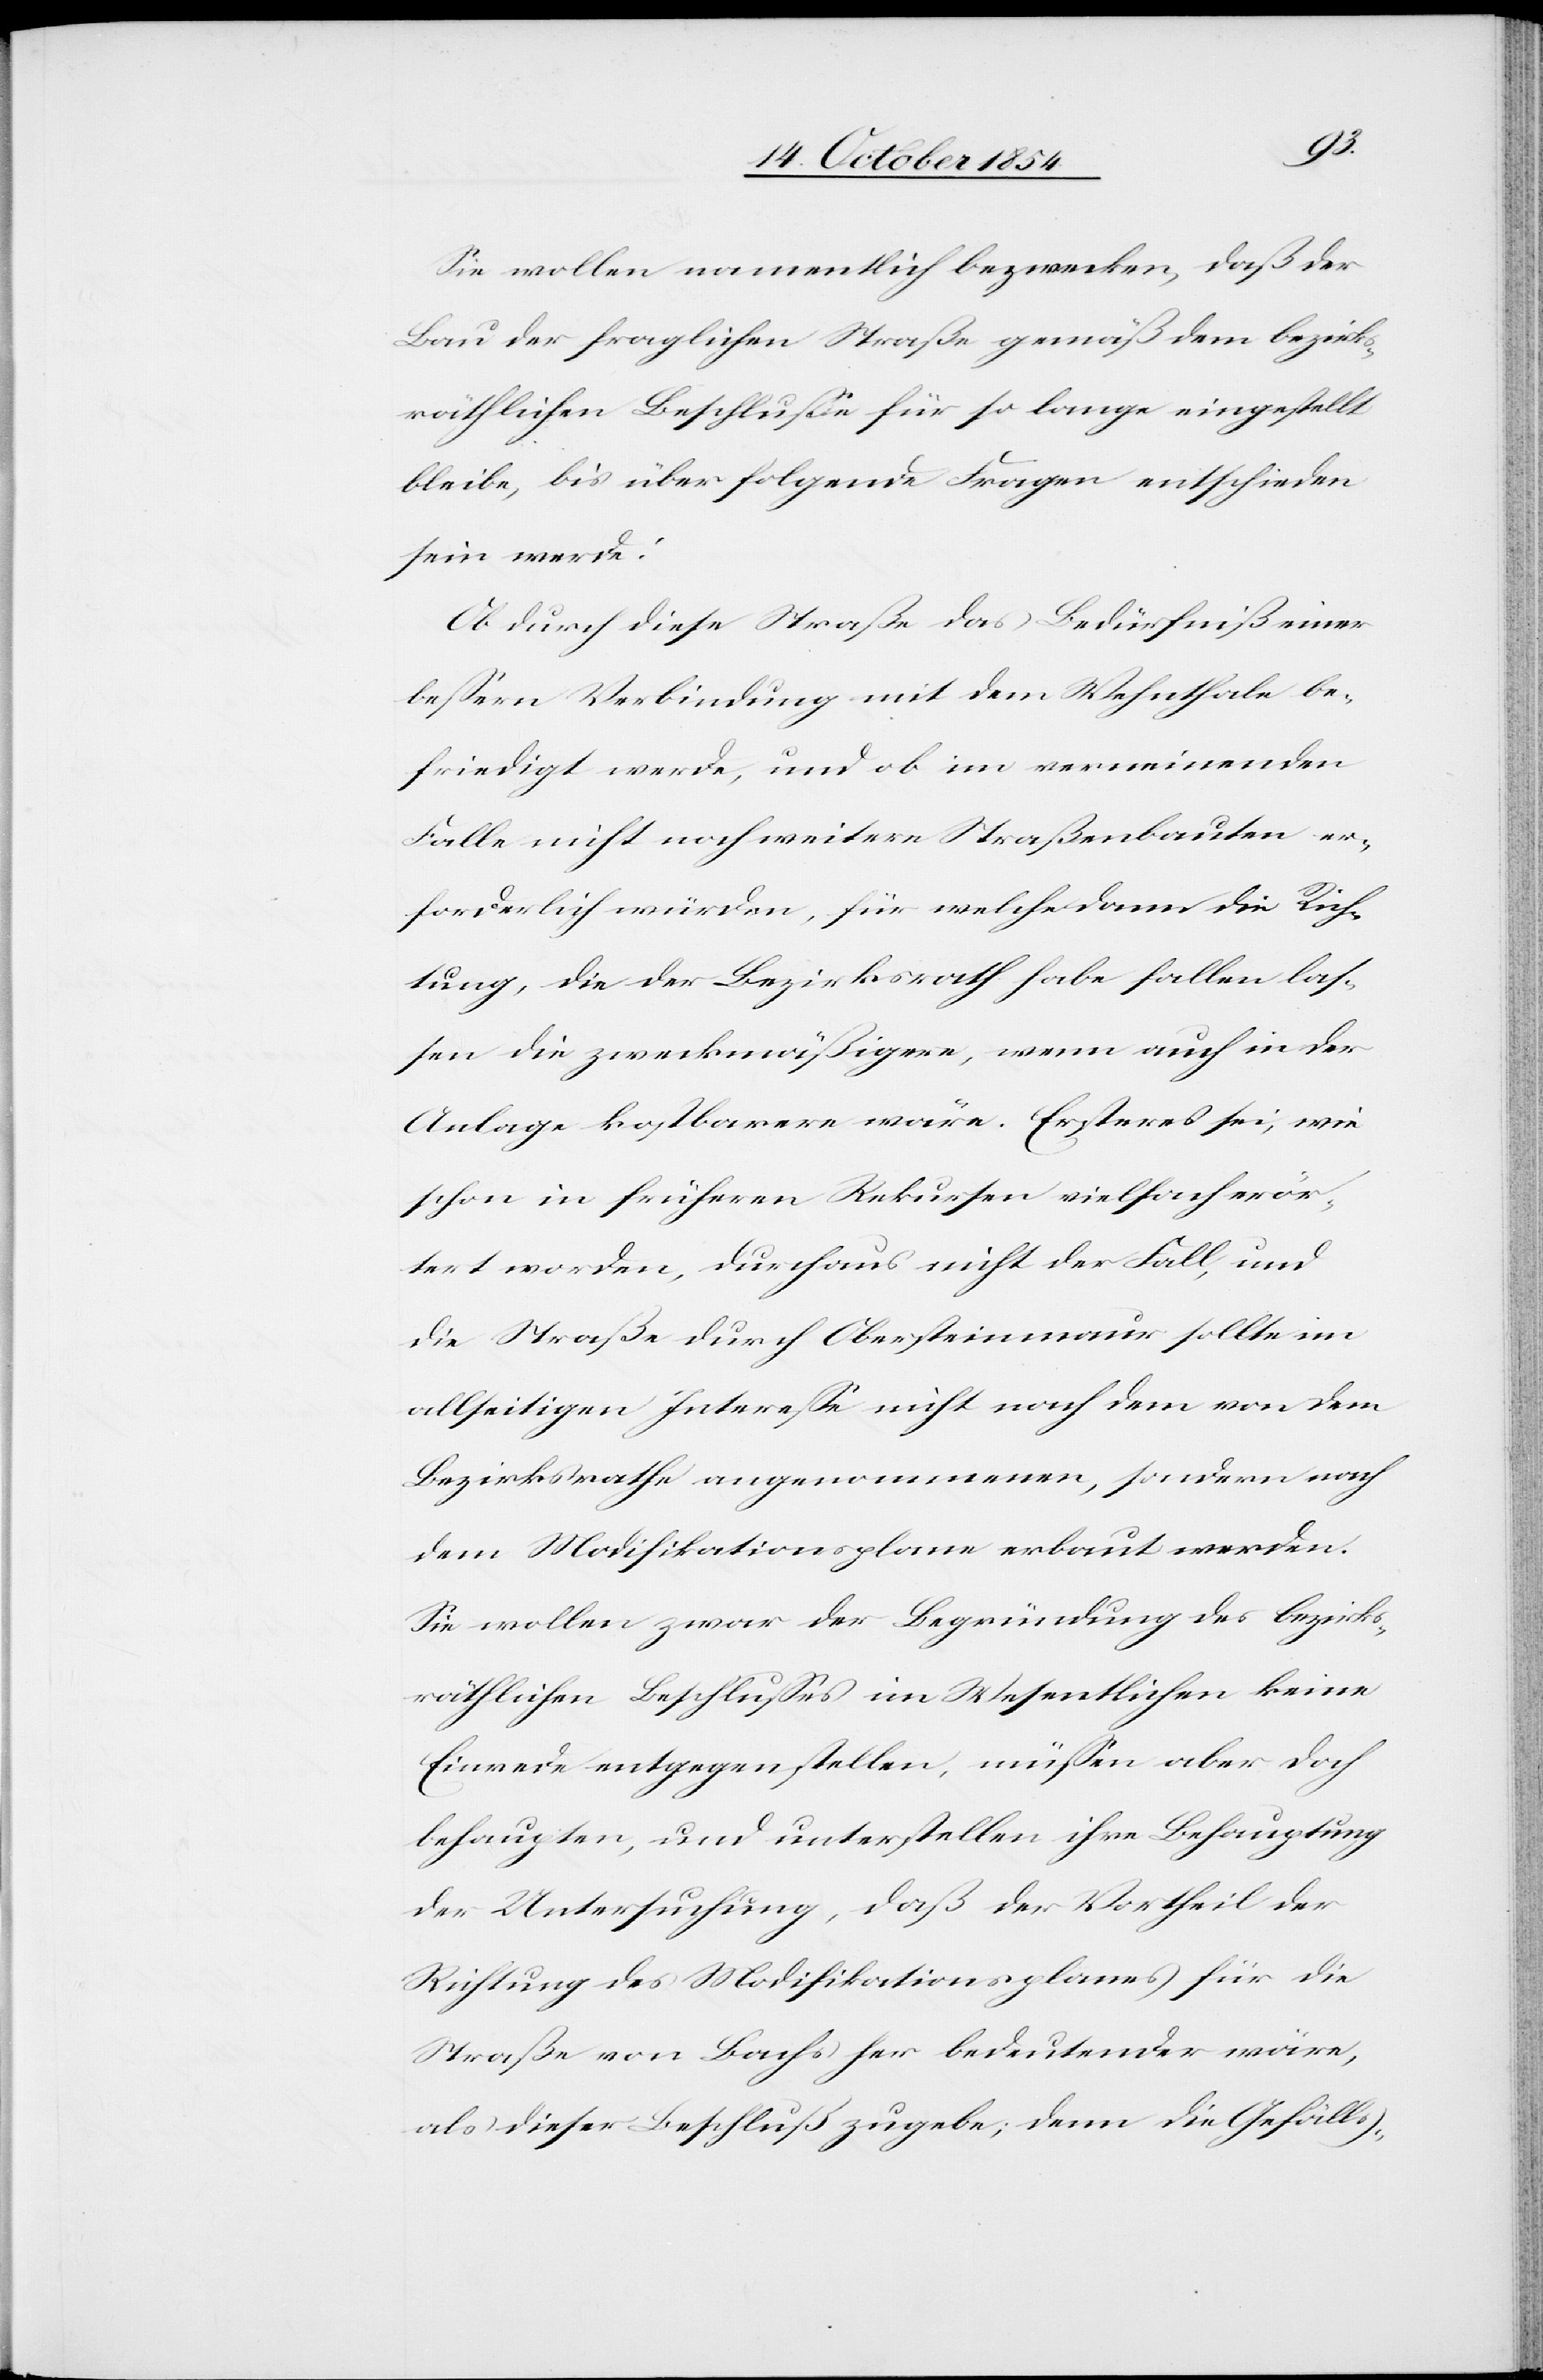
Sie wollen namentlich bezwecken, daß der
Bau der fraglichen Straße gemäß dem bezirks¬
räthlichen Beschluße für so lange eingestellt
bleibe, bis über folgende Fragen entschieden
sein werde:
Ob durch diese Straße das Bedürfniß einer
beßern Verbindung mit dem Wehnthale be¬
friedigt werde, und ob im verneinenden
Falle nicht noch weitere Straßenbauten er¬
forderlich würden, für welche dann die Rich¬
tung, die der Bezirksrath habe fallen las¬
sen die zweckmäßigere, wenn auch in der
Anlage kostbarere wäre. Ersteres sei, wie
schon in früheren Rekursen vielfach erör¬
tert worden, durchaus nicht der Fall, und
die Straße durch Obersteinmaur sollte im
allseitigen Intereße nicht nach dem von dem
Bezirksrathe angenommenen, sondern nach
dem Modifikationsplane erbaut werden.
Sie wollen zwar der Begründung des bezirks¬
räthlichen Beschlußes im Wesentlichen keine
Einrede entgegenstellen, müßen aber doch
behaupten, und unterstellen ihre Behauptung
der Untersuchung, daß der Vortheil der
Richtung des Modifikationsplanes für die
Straße von Bachs her bedeutender wäre,
als dieser Beschluß zugebe; denn die Gefälls-